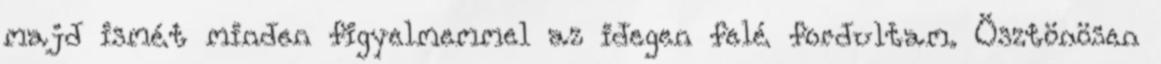
majd ismét minden figyelmemmel az idegen felé fordultam. Ösztönösen